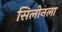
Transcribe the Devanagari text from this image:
सिलोनला